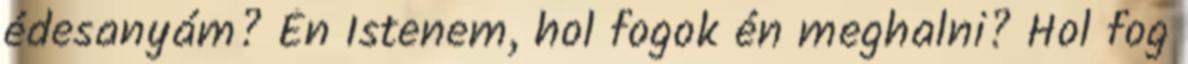
édesanyám? Én Istenem, hol fogok én meghalni? Hol fog